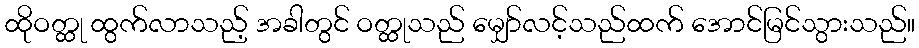
ထိုဝတ္ထု ထွက်လာသည့် အခါတွင် ဝတ္ထုသည် မျှော်လင့်သည်ထက် အောင်မြင်သွားသည်။